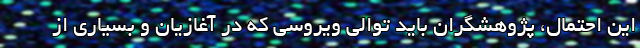
این احتمال، پژوهشگران باید توالی ویروسی که در آغازیان و بسیاری از